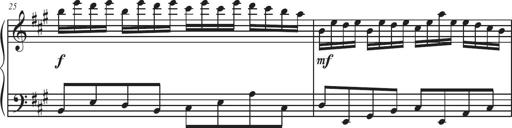
Title: Sonatina Espania
Composer: Jerald Franklin Archer
Key: Various